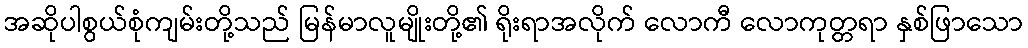
အဆိုပါစွယ်စုံကျမ်းတို့သည် မြန်မာလူမျိုးတို့၏ ရိုးရာအလိုက် လောကီ လောကုတ္တရာ နှစ်ဖြာသော